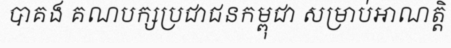
បាគង គណបក្សប្រជាជនកម្ពុជា សម្រាប់អាណត្តិ